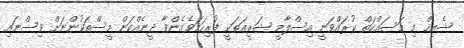
ޝެއިޚް މި މަސައްކަތް ކުރައްވަނީ އިސްލާމީ ޝަރީޢަތަކީ ފުރިހަމަވެގެންވާ ދީނެއްކަން މީސްތަކުންނަށް ވިސްނައި